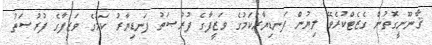
ޤާނޫނީގޮތުން ގެޒެޓްކުރެވޭ ލިޔުން ފަނޑިޔާރުކަމުގެ ވަޒީފާގެ ފުރުޞަތު ފަނޑިޔާރު ކަމުގެ ވަޒީފާގެ ފުރުޞަތު